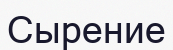
Сырение